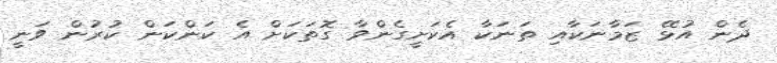
ދެން އުޅޭ ޒަމާނަކާއި ތަނަކާ އެކަށީގެންވާ ގޮތަކަށް އެ ކަންކަން ކުރުން ވަނީ